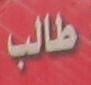
طالب